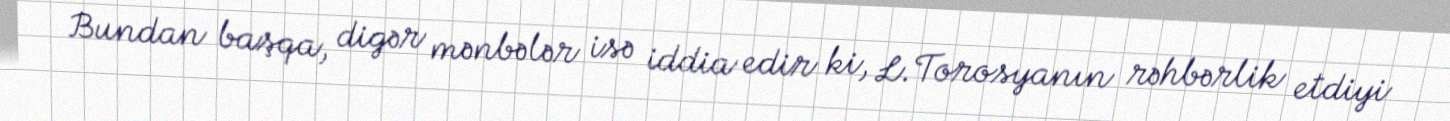
Bundan başqa, digər mənbələr isə iddia edir ki, L.Torosyanın rəhbərlik etdiyi